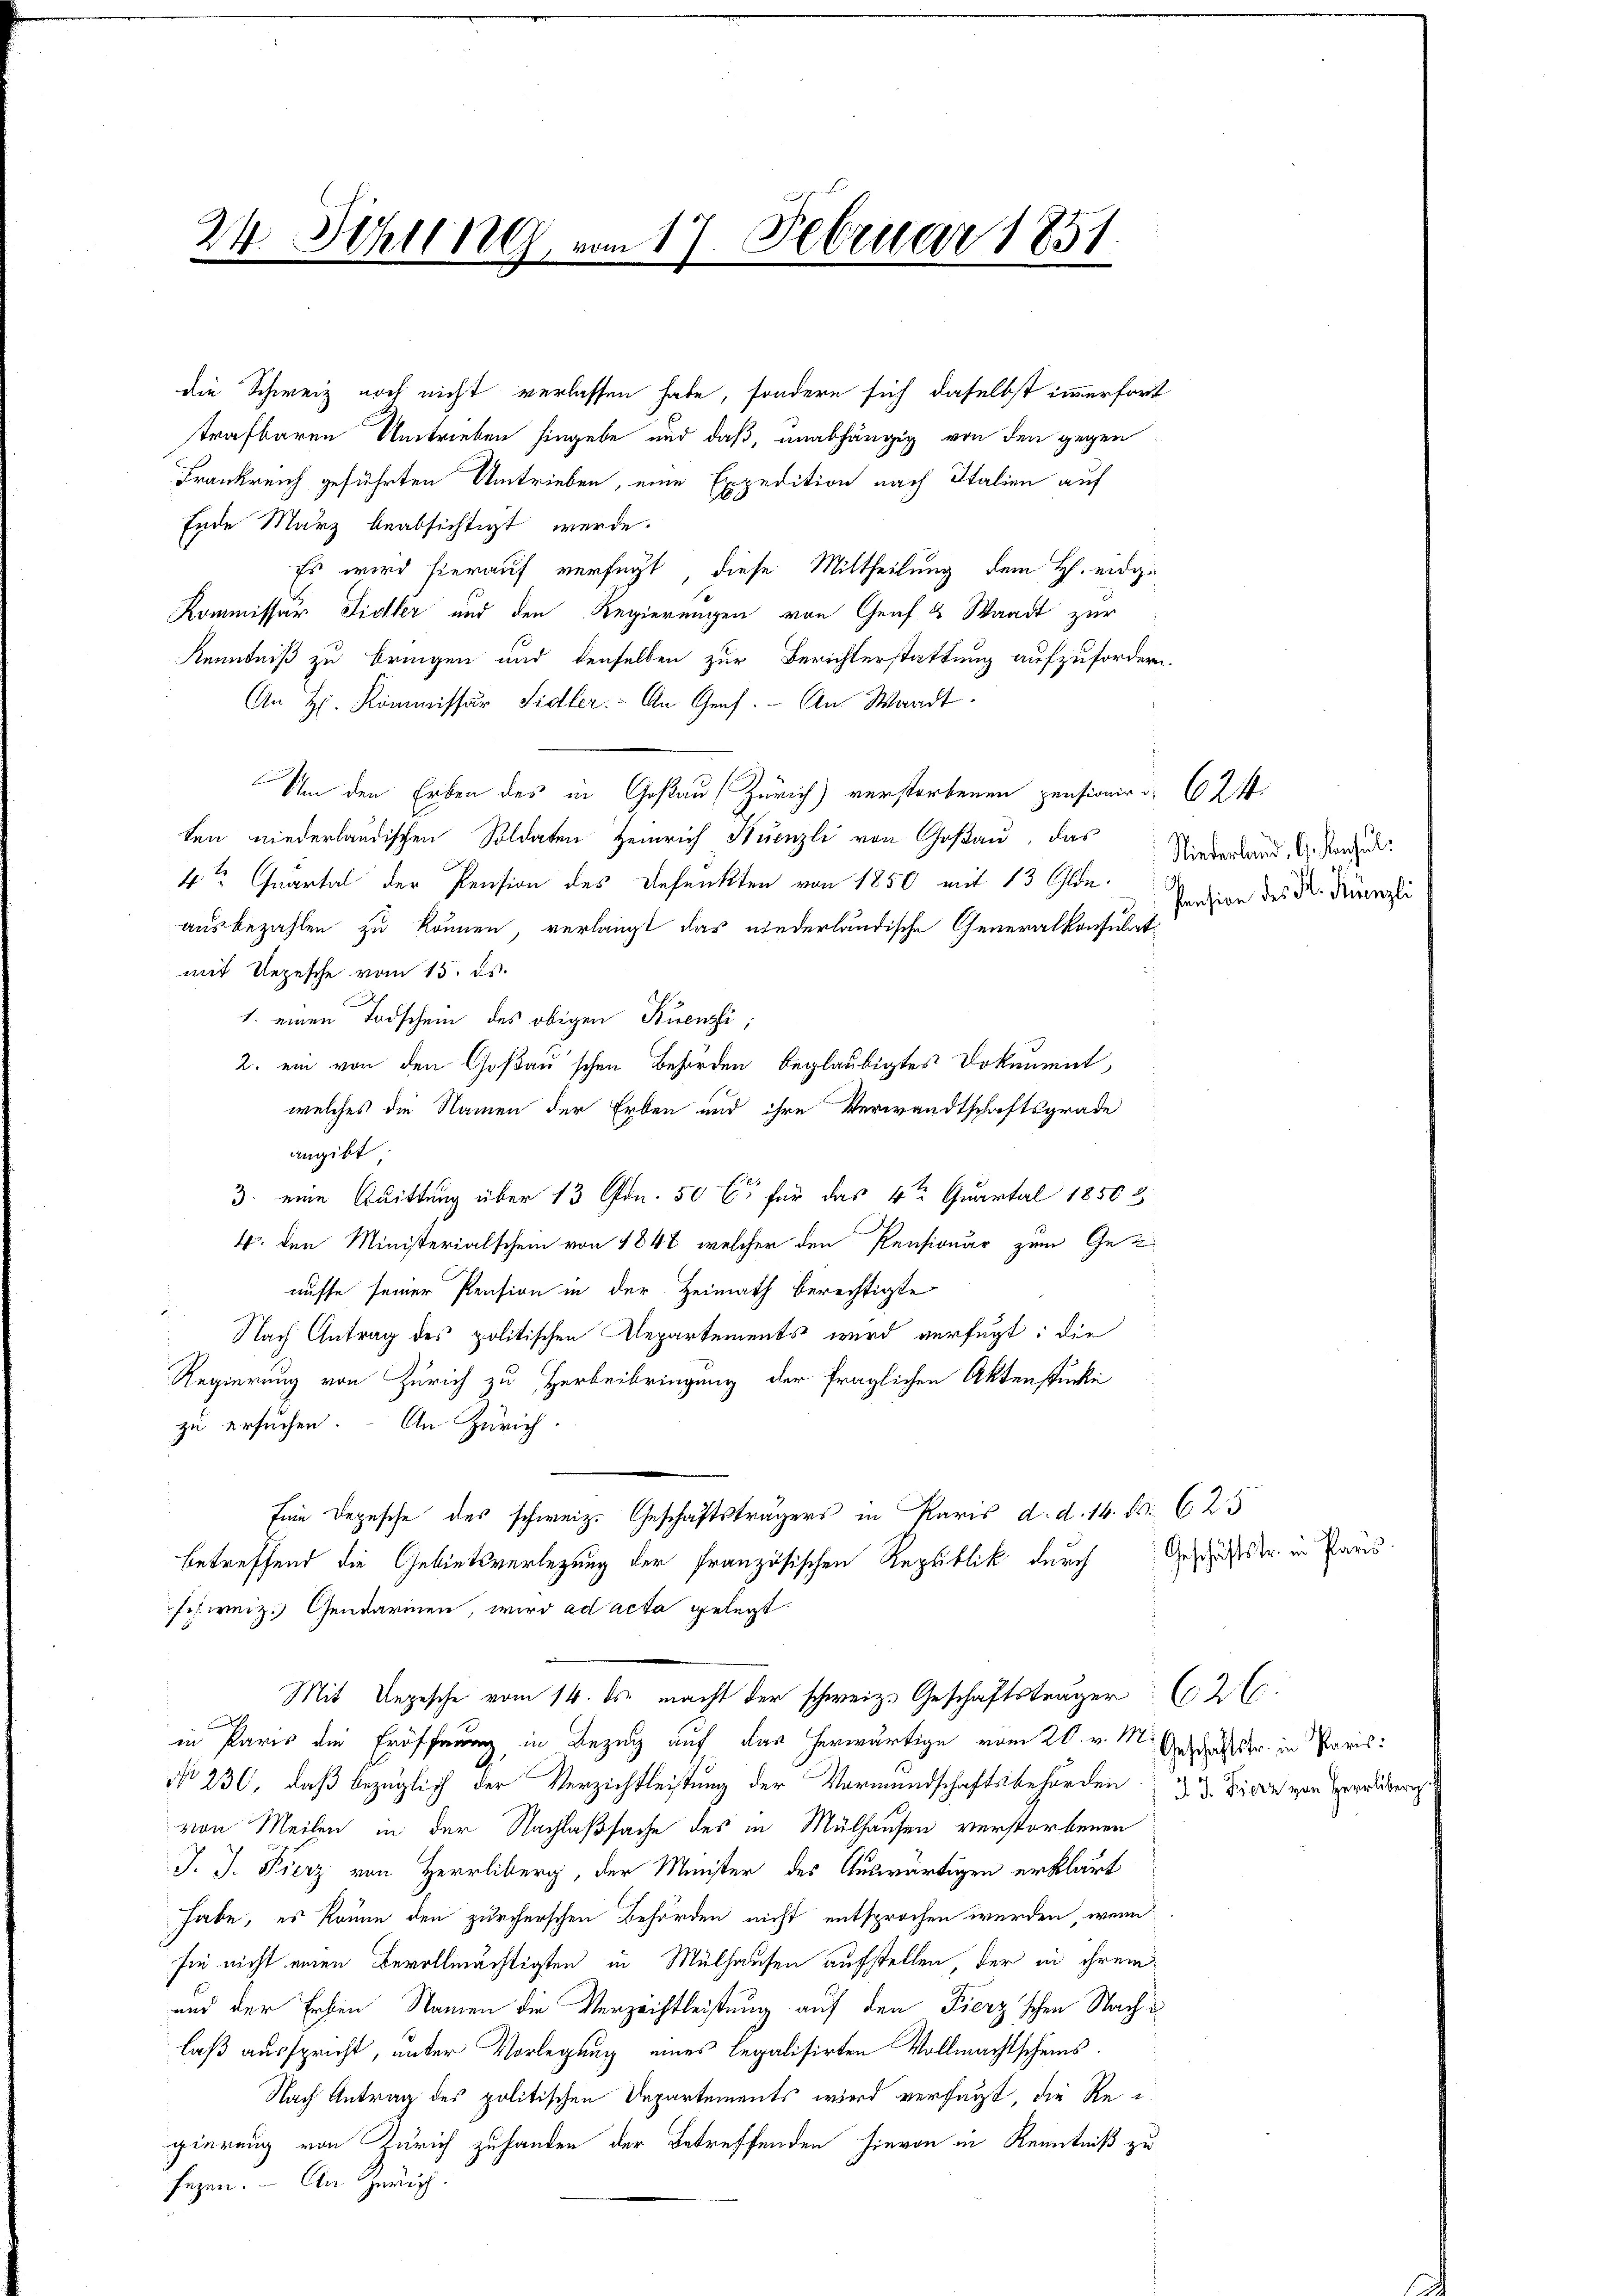
24. Sching, vom 17. Februar 1851.

die Schweiz noch nicht verlassen habe, sondern sich daselbst immerfort
strafbaren Umtrieben hingebe und daß, unabhängig von den gegen
Frankreich geführten Umtrieben, eine Expedition nach Italien auf
Ende März beabsichtigt werde.
Es wird hierauf verfügt, diese Mittheilung dem H. eidg.
Kommissär Sichler und den Regierungen von Graf & Standt zur
Kenntniß zu bringen und denselben zur Berichterstattung aufzufordern.
An H. Kommissär Sidler. An Genf. An Waadt
Um den Erben des in Goßau, Zürich) verstorbenen pensionirt 60 Zif.
ten niederländischen Soldaten Heinrich Stüenzli von Goßau, das
4te Quartal der Pension des Befunkten von 1850 mit 13 Olde-
ausbezahlen zu können, verlangt das niederländische Generalkonsulat
mit Depesche vom 15. ds.
1. einen Todschein des obigen Buenzi,
2. ein von den Goßau schen Behörden beglaubigtes Dokument,
welches die Namen der Erben und ihre Verwandtschaftsgrade
angibt
3. eine Quittung über 13 Ofdn. 50 C für das 4ten Quartal 1850 &
4. den Ministerialschen von 1848 welcher den Pensionär zum Ge-
nüsse seiner Pension in der Heimath berechtigte
Nach Antrag des politischen Departements wird verfügt: die
Regierung von Zürich zu Herbeibringung der fraglichen Aktenstücke
zu ersuchen. An Zürich.
Eine Depesche des schweiz. Geschäftsträgers in Paris d. d. 14. Nr. 625
betreffend die Gebietsverletzung der Französischen Republik durch
fes weiz. Gendarmen, wird ad acta gelegt.
Mit Depesche vom 14. ds. macht der schweiz. Geschäftsträger (26:
in Paris die Eröffnung in Bezug auf das herwärtige vom 20. v. M. Geschäftstr. in Paris¬
No 230, daß bezüglich der Verzichtleistung der Vormundschaftsbehörden 23. Diern von Herrer
von Meilen in der Nachlaßsache des in Mülhausen verstorbenen
J. J. Fierz von Herrliberg, der Minister des Auswärtigen erklärt
habe, es könne den zürcherschen Behörden nicht entsprochen werden, wenn
sie nicht einen Bevollmächtigten in Mülhausen aufstellen, der in ihrem
und der Erben Namen die Verzeichtleistung auf den Fierz'schen Nachlaß ausspricht, unter Vorlegung eines legalisirten Vollmachtscheins
Nach Antrag des politischen Departements wird versagt, die Rei
gierung von Zürich zu handen der Betreffenden hievon in Kenntniß zu
segen. — An Zürich.

Niederland, G. Konsul
Pension des Hl. Krenzli

Geschäftstr. in Paris.